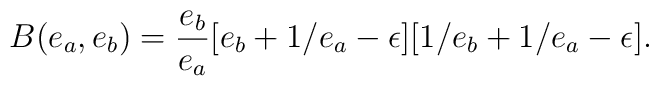
B(e_a,e_b)=\frac{e_b}{e_a}[e_b + 1/e_a - \epsilon]                          [1/e_b+1/e_a - \epsilon].